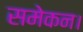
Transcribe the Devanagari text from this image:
समेकन।